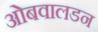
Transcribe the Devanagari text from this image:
ओबवालडन